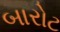
બારોટ